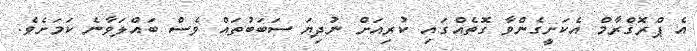
އެ ޕްރޮގްރާމް އެކަށީގެންވާ ގޮތެއްގައި ކުރިއަށް ނުދިޔަ ސަބަބުތައް ވެސް ބައްލަވާނެ ކަމަށެވެ.